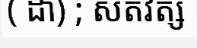
( ដា) ; សតវត្ស